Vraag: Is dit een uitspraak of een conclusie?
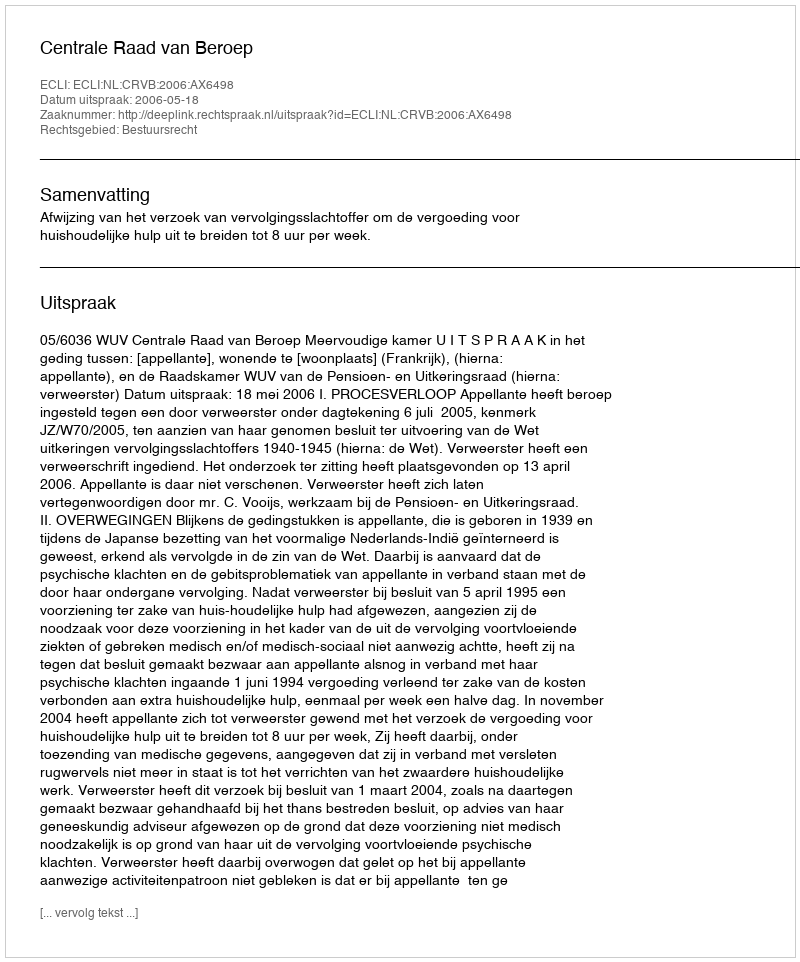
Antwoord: Uitspraak